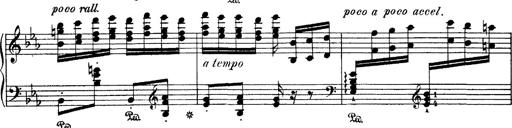
Title: Hungarian Rhapsody No.4
Composer: Franz Liszt
Key: E-flat major